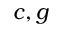
c , g